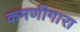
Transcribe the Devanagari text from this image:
कमणीगारा